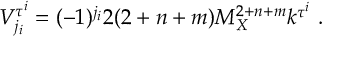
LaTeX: V _ { j _ { i } } ^ { \tau ^ { i } } = ( - 1 ) ^ { j _ { i } } 2 ( 2 + n + m ) M _ { X } ^ { 2 + n + m } k ^ { \tau ^ { i } } ~ . ~ \,